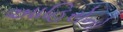
આહિરોનો